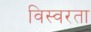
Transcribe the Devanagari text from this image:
विस्वरता